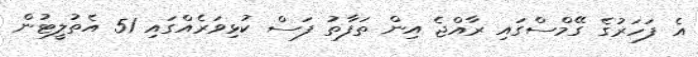
އެ ފަހަރުގެ ގޭމްސްގައި ރާއްޖެ އިން ތަފާތު ފަސް ކުޅިވަރެއްގައި 51 އެތުލީޓުން